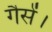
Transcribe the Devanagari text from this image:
गैसें।